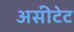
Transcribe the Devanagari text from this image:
असीटेट